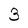
Character: 3